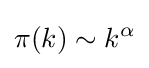
\pi (k)\sim k^{\alpha }